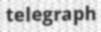
telegraph